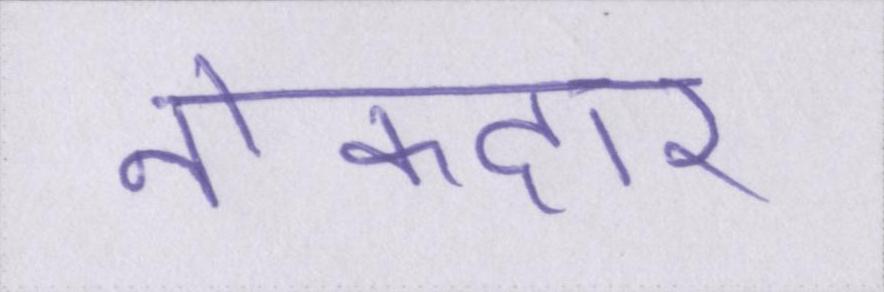
नोकदार